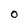
Character: 0